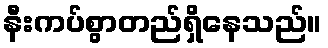
နီးကပ်စွာတည်ရှိနေသည်။